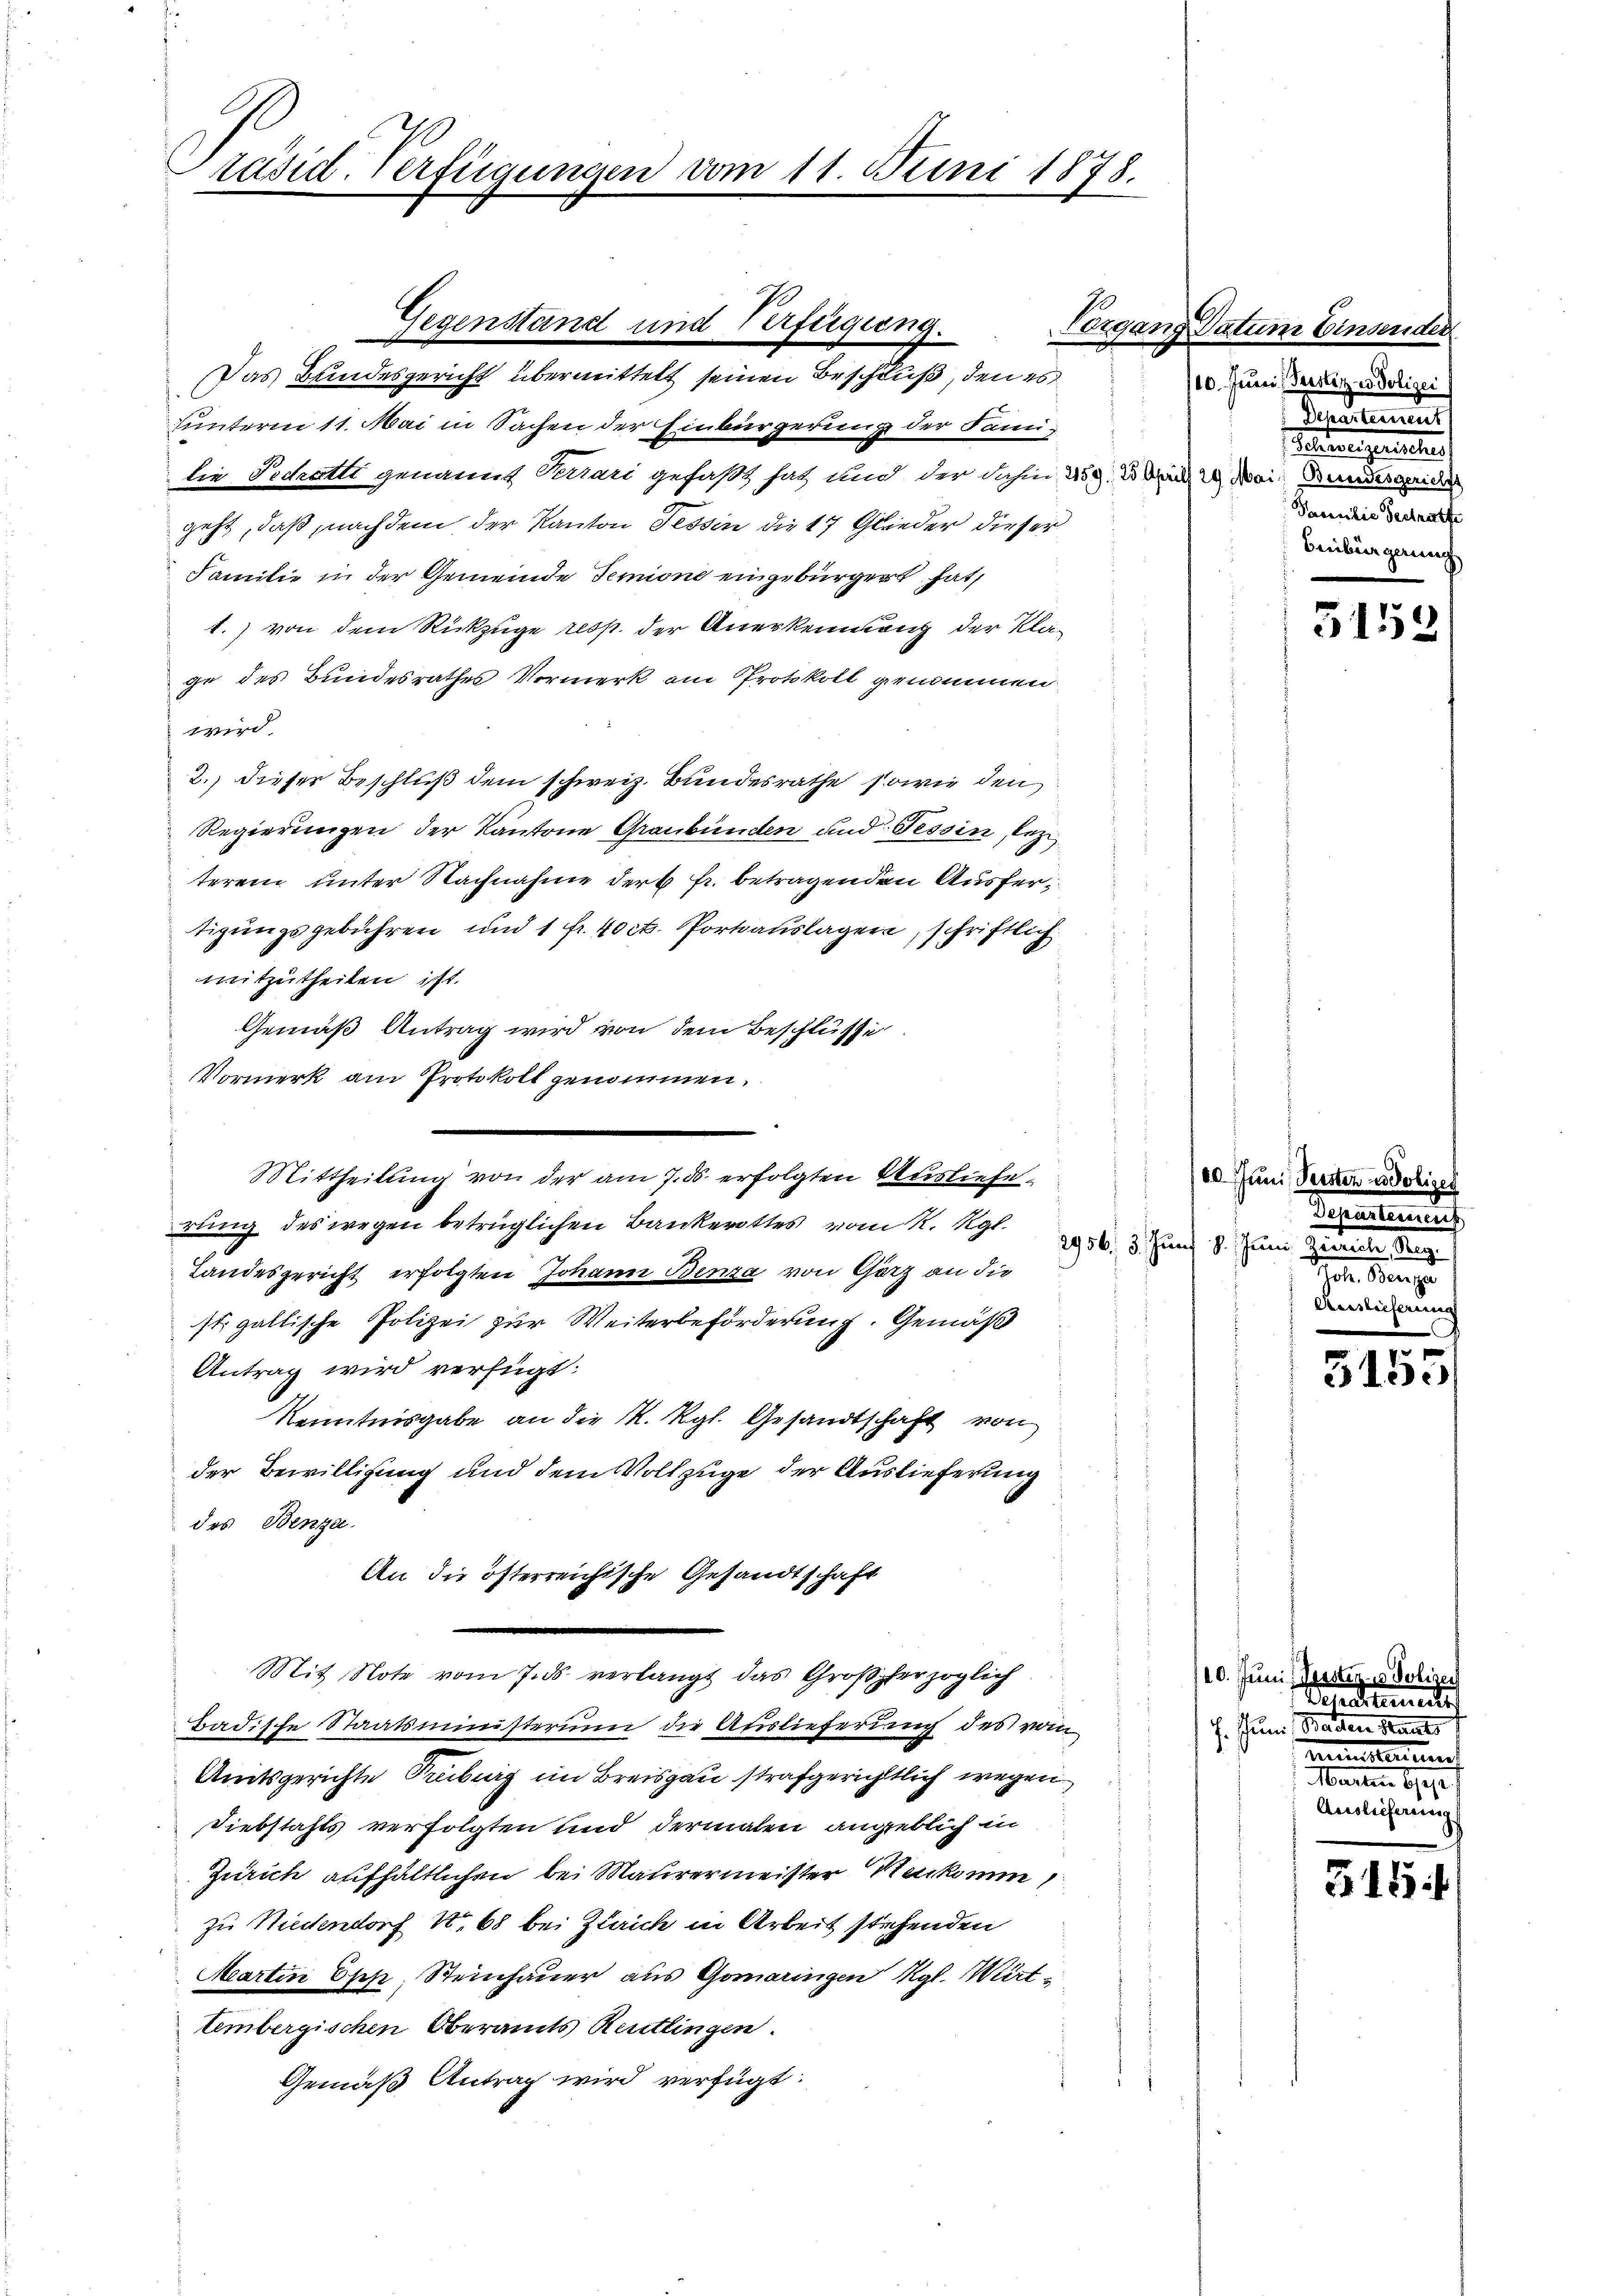
Präsid. Verfügungen vom 11. Juni 1878.

Gegenstand und Verfügung.
Das Bundesgericht übermittelt seinen Beschluß, den es
uunterm 11. Mai in Sachen der Einbürgerung der Famidie Sachetti genannt Terrari gefaßt hat, und der dahin 259. Den 2 Mai, Bundesgerider
geht, daß, nachdem der Kanton Tessin die 17 Glieder dieser
Familie in der Gemeinde Senione eingebürgert hat,
t.) von dem Rückzuge resp. der Anerkennung der Klage des Bundesrathes Vormerk am Protokoll genommen
wird.
2.) dieser Beschluß dem schweiz. Bundesrathe sowie den
Regierungen der Kantone Graubünden und Tessin, lez
terem unter Nachnahme der 6 fr. betragenden Ausfertigungsgebühren und 1 Fr. 40 ct. Portoauslagen, schriftlich
mitzutheilen ist.
Gemäß Antrag wird von dem Beschlüsse
Vormerk am Protokoll genommen,
rung des wegen betrüglichen Bankerottes vom R. Kgl.
Landesgericht erfolgten Johann Benza von Görz an die
st. gallische Polizei zur Weiterbeförderung. Gemäß
Antrag wird verfügt:
Kenntnisgabe an die K. Rgl. Gesandtschaft von
der Bewilligung und dem Vollzuge der Auslieferung
des Benza.
An die öfterreichische Gesandtschaft
Mit Note vom 7. ds verlangt das Großherzoglich
Badische Staatsministerium die Auslieferung des vom
Amtsgerichte Treiburg im Breisgau strafgerichtlich wegen
Diebstahls verfolgten und dermalen angeblich in
Zürich aufhältlichen bei Maurermeister Stenkomm
zu Niedendorf No 68 bei Zürich in Arbeit stehenden
Martin Esch Steinhauer aus Gomaringen Kgl. Wirt-
tembergischen Oberamts Reutlingen.
Gemäß Antrag wird verfügt:

Mittheilung von der am 7. ds. erfolgten Ausliefe¬

Vorgang Datum Einsender
/10. Juni, Versitz in Polizei
Taumeis
neigensch
Pacentie Vertrathe
Benbürgerung

100 Juni, Persten u. de
Temmen
296. 5. Juni 7. Juni

Verstiefen

5153

5155

10. Juni, Prsstiz- u Polizei
Venartements
h. Juni Baden Kanto
mnmens
een einen
Ausliefereing

G15